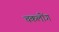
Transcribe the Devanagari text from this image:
चकलोंग